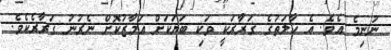
ނުނިމެ އެވެ. އެ ހާލަތުގެ ގަރާރަކީ ވަކި ބަޔަކަށް އަމާޒުކޮށް ނެރުނު ގަރާރެކެވެ.